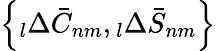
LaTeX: \left\{ \phantom{}_{l}\Delta\bar{C}_{nm},\phantom{}_{l}\Delta\bar{S}_{nm}\right\}